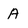
Character: A